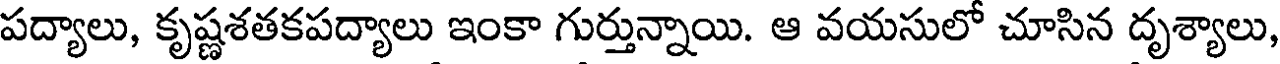
పద్యాలు, కృష్ణశతకపద్యాలు ఇంకా గుర్తున్నాయి. ఆ వయసులో చూసిన దృశ్యాలు,